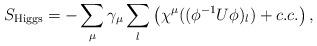
LaTeX: \begin{align*}S_{\rm Higgs} = - \sum_{\mu} \gamma_{\mu} \sum_l \left( \chi^{\mu} ((\phi^{-1} U \phi)_l) + c.c. \right),\end{align*}